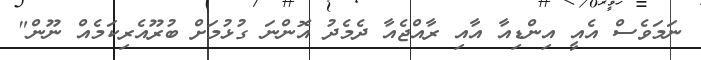
ނަމަވެސް އެއީ އިންޑިއާ އާއި ރާއްޖެއާ ދެމެދު އޮންނަ ގުޅުމަށް ބުރޫއެރިކަމެއް ނޫން"